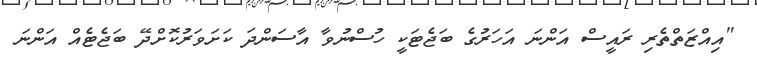
"އިއްޒަތްތެރި ރައީސް އަންނަ އަހަރުގެ ބަޖެޓަކީ ހުސްނުވާ އާސަންދަ ކަށަވަރުކޮށްދޭ ބަޖެޓެއް އަންނަ